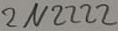
Text: 2N2222